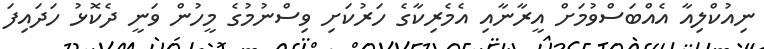
ނިއުކްލިއާ އެއްބަސްވުމަށް އީރާނާއި އެެމެރިކާގެ ހަރުކަށި ވިސްނުުމުގެ މީހުން ވަނީ ދެކޮޅު ހަދައިފަ